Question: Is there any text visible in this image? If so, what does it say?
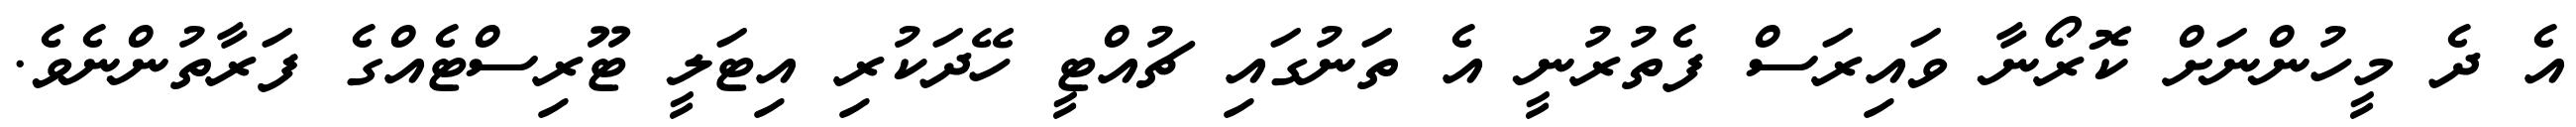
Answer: އެ ދެ މީހުންނަށް ކޮރޯނާ ވައިރަސް ފެތުރުނީ އެ ތަނުގައި ޗުއްޓީ ހޭދަކުރި އިޓަލީ ޓޫރިސްޓެއްގެ ފަރާތުންނެވެ.